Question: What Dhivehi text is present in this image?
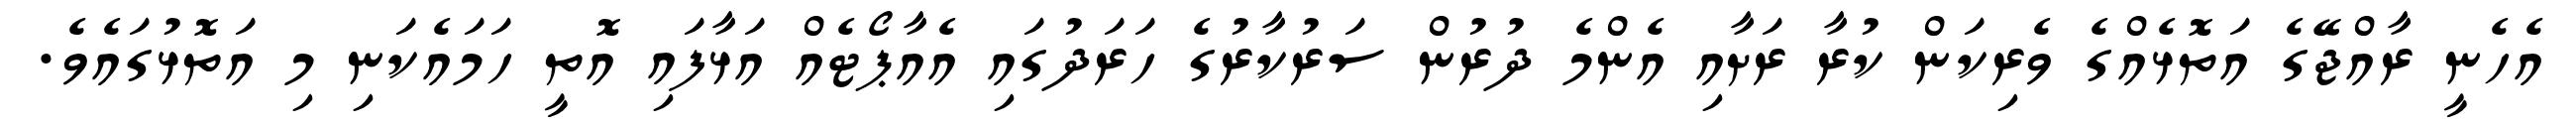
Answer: އެހެނީ ރާއްޖޭގެ އަތޮޅެއްގެ ވެރިކަން ކުރާ ރަށާއި އެންމެ ދުރުން ސަރުކާރުގެ ހަރަދުގައި އެއާޕޯޓެއް އަޅާފައި އޮތީ ހަމައެކަނި މި އަތޮޅުގައެވެ.